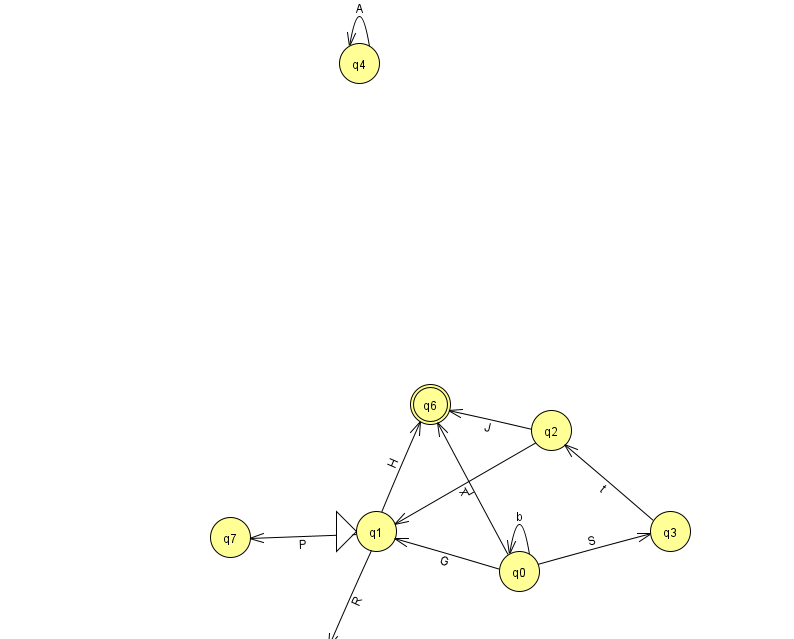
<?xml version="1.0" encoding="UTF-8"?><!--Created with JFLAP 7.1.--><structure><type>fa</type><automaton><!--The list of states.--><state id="0" name="q0"><x>519.0</x><y>558.0</y></state><state id="1" name="q1"><x>376.0</x><y>518.0</y><initial/></state><state id="2" name="q2"><x>551.0</x><y>417.0</y></state><state id="3" name="q3"><x>670.0</x><y>518.0</y></state><state id="4" name="q4"><x>359.0</x><y>50.0</y></state><state id="5" name="q5"><x>318.0</x><y>651.0</y></state><state id="6" name="q6"><x>430.0</x><y>391.0</y><final/></state><state id="7" name="q7"><x>230.0</x><y>524.0</y></state><!--The list of transitions.--><transition><from>2</from><to>1</to><read>L</read></transition><transition><from>4</from><to>4</to><read>A</read></transition><transition><from>0</from><to>0</to><read>b</read></transition><transition><from>2</from><to>6</to><read>J</read></transition><transition><from>1</from><to>7</to><read>P</read></transition><transition><from>0</from><to>6</to><read>x</read></transition><transition><from>0</from><to>3</to><read>S</read></transition><transition><from>0</from><to>1</to><read>G</read></transition><transition><from>1</from><to>6</to><read>H</read></transition><transition><from>1</from><to>5</to><read>R</read></transition><transition><from>3</from><to>2</to><read>t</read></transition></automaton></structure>